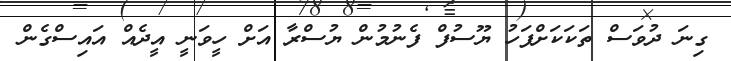
ގިނަ ދުވަސް ތަކަކަށްފަހު ޔޫސުފް ފެނުމުން ޔުސްރާ އަށް ހީވަނީ އީދެއް އައިސްގެން